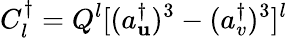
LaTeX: C_{l}^{\dagger}=Q^{l}[(a_{\mathbf{u}}^{\dagger})^{3}-(a_{v}^{\dagger})^{3}]^{l}